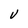
Character: V